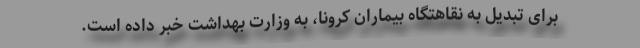
برای تبدیل به نقاهتگاه بیماران کرونا، به وزارت بهداشت خبر داده است.